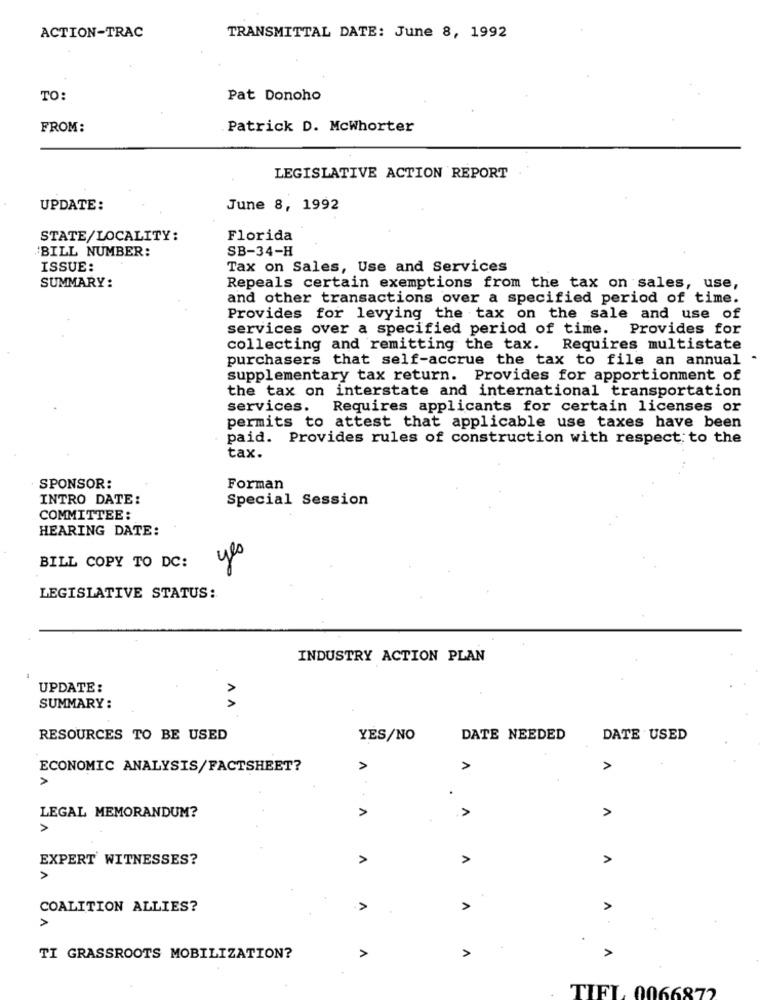
ACTION-TRAC
TRANSMITTAL DATE: June 8, 1992
TO:
Pat Donoho
FROM:
Patrick D. Mcwhorter
LEGISLATIVE ACTION REPORT
UPDATE:
June 8, 1992
STATE/LOCALITY:
Florida
'BILL NUMBER:
SB-34-H
ISSUE:
Tax on Sales, Use and Services
SUMMARY:
Repeals certain exemptions from the tax on sales, use,
and other transactions over a specified period of time.
Provides for levying the tax on the sale and use of
services over a specified period of time. Provides for
collecting and remitting the tax. Requires multistate
purchasers that self-accrue the tax to file an annual
supplementary tax return. Provides for apportionment of
the tax on interstate and international transportation
services.
Requires applicants for certain licenses or
permits to attest that applicable use taxes have been
paid. Provides rules of construction with respect to the
tax.
SPONSOR:
Forman
INTRO DATE:
Special Session
COMMITTEE :
HEARING DATE:
yes
BILL COPY TO DC:
LEGISLATIVE STATUS:
INDUSTRY ACTION PLAN
-
UPDATE:
SUMMARY :
AA
RESOURCES TO BE USED
YES/NO
DATE NEEDED
DATE USED
ECONOMIC ANALYSIS/FACTSHEET?
A
A
>
>
.
+
A
A
LEGAL MEMORANDUM?
EXPERT WITNESSES?
>
>
COALITION ALLIES?
A
A
A
>
>
TI GRASSROOTS MOBILIZATION?
>
TIFL 0066872